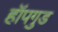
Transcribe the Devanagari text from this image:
हॉपगुड